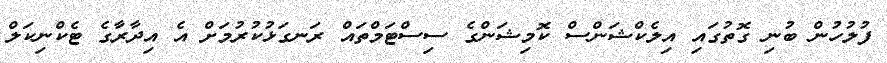
ފުލުހުން ބުނި ގޮތުގައި އިލެކްޝަންސް ކޮމިޝަންގެ ސިސްޓަމްތައް ރަނގަޅުކުރުމަށް އެ އިދާރާގެ ޓެކްނިކަލް